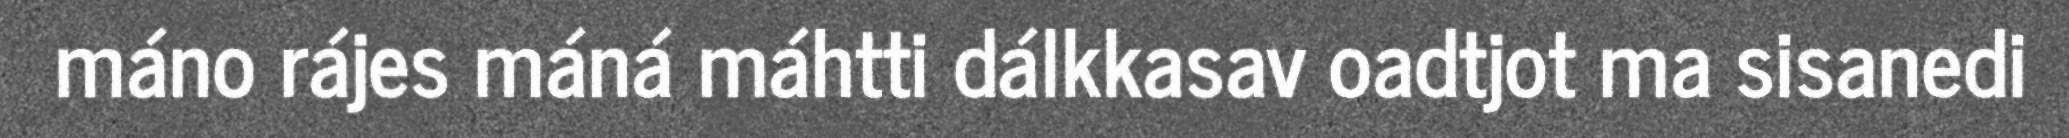
máno rájes máná máhtti dálkkasav oadtjot ma sisanedi